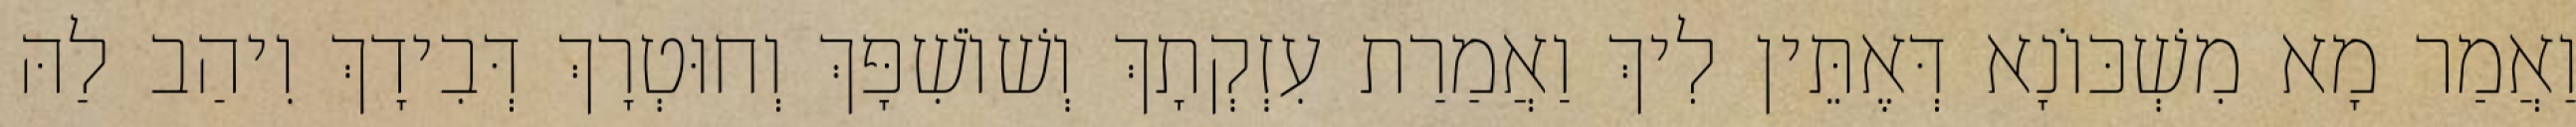
וַאֲמַר מָא מִשְׁכּוֹנָא דְּאֶתֵּין לִיךְ וַאֲמַרַת עִזְקְתָךְ וְשׁוֹשִׁפָּךְ וְחוּטְרָךְ דְּבִידָךְ וִיהַב לַהּ